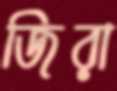
জিরা